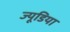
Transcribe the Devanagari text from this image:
ज्यूडिया